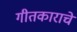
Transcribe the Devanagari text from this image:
गीतकाराचे